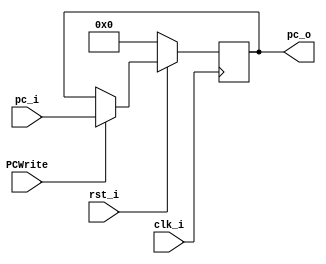
`timescale 1ns/1ps

module ProgramCounter(
    input               clk_i,
    input               rst_i,
    input               PCWrite,
    input      [32-1:0] pc_i,
    output reg [32-1:0] pc_o
);

//Main function
always @(posedge clk_i) begin
    if(~rst_i)
        pc_o <= 0;
    else if(PCWrite)
        pc_o <= pc_i;
end

endmodule